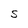
Character: s